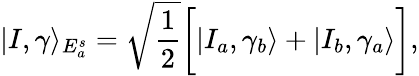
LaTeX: |I,\gamma\rangle_{E_{a}^{s}}=\sqrt{\frac{1}{2}}\bigg[|I_{a},\gamma_{b}\rangle+|I_{b},\gamma_{a}\rangle\bigg],